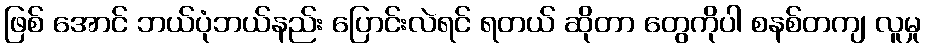
ဖြစ် အောင် ဘယ်ပုံဘယ်နည်း ပြောင်းလဲရင် ရတယ် ဆိုတာ တွေကိုပါ စနစ်တကျ လူမှု